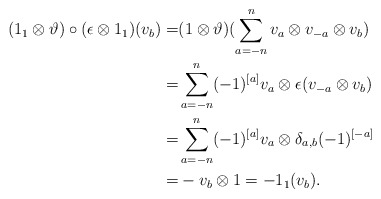
\begin{align*}(1_1\otimes \vartheta)\circ(\epsilon\otimes 1_1)(v_b)=&(1\otimes \vartheta)(\sum\limits_{a=-n}^nv_a\otimes v_{-a}\otimes v_b)\\=&\sum\limits_{a=-n}^n(-1)^{[a]}v_a\otimes \epsilon(v_{-a}\otimes v_b)\\=&\sum\limits_{a=-n}^n(-1)^{[a]}v_a\otimes \delta_{a,b}(-1)^{[-a]}\\=&-v_b\otimes 1=-1_1(v_b).\end{align*}